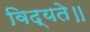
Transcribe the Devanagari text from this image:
विद्यते॥